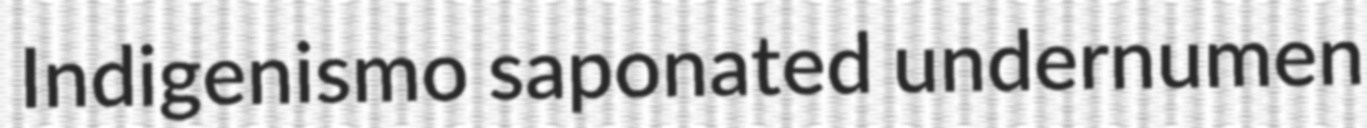
Indigenismo saponated undernumen